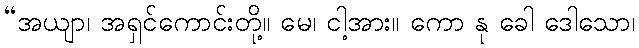
“အယျာ၊ အရှင်ကောင်းတို့။ မေ၊ ငါ့အား။ ကော နု ခေါ ဒေါသော၊